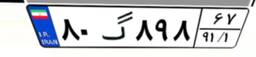
۸۰گ۸۹۸۶۷